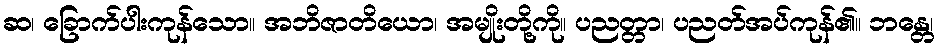
ဆ၊ ခြောက်ပါးကုန်သော။ အဘိဇာတိယော၊ အမျိုးတို့ကို။ ပညတ္တာ၊ ပညတ်အပ်ကုန်၏။ ဘန္တေ၊